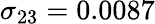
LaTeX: \sigma_{23}=0.0087